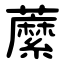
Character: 䕷